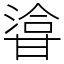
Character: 㽏